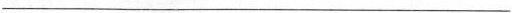
___